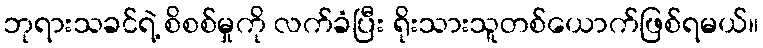
ဘုရားသခင်ရဲ့ စိစစ်မှုကို လက်ခံပြီး ရိုးသားသူတစ်ယောက်ဖြစ်ရမယ်။